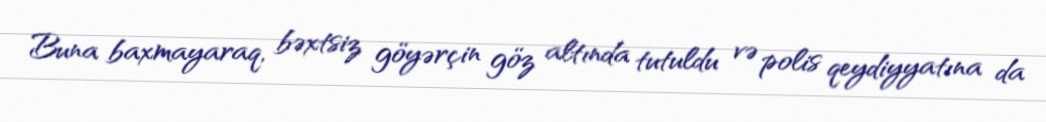
Buna baxmayaraq, bəxtsiz göyərçin göz altında tutuldu və polis qeydiyyatına da